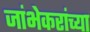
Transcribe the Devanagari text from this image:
जांभेकरांच्या